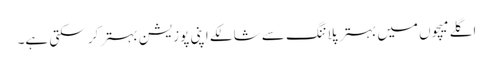
اگلے میچوں میں بہتر پلاننگ سے شالکے اپنی پوزیشن بہتر کر سکتی ہے۔